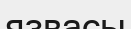
язвасы